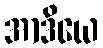
အာဒိယေ